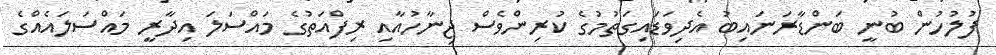
ފުލުހުން ބުނީ ބަންޑާރަނައިބު އެދިވަޑައިގަތުމުގެ ކުރިންވެސް ޖިނާހުއާއި ރިފްއަތުގެ މައްސަލަ އިދާރީ މައްސަލައެއްގެ